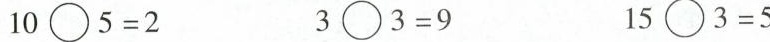
$$10\bigcirc5=2$$ $$3\bigcirc3=9$$ $$15\bigcirc3=5$$